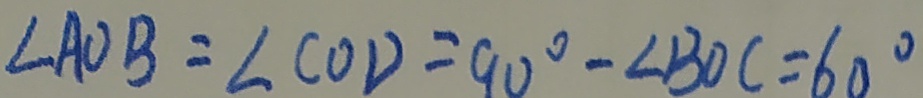
\angle A O B = \angle C O D = 9 0 ^ { \circ } - \angle B O C = 6 0 ^ { \circ }